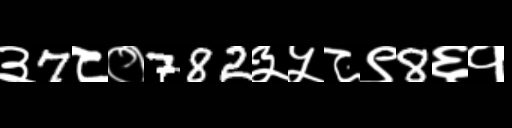
Text: ३7८०782३५८९8६१